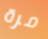
مرة